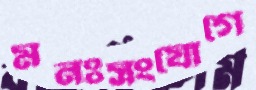
মনঃসংযোগে